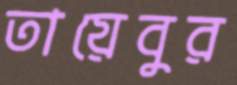
তায়েবুর